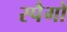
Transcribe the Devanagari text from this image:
स्पैगो